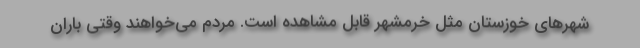
شهرهای خوزستان مثل خرمشهر قابل مشاهده است. مردم می‌خواهند وقتی باران